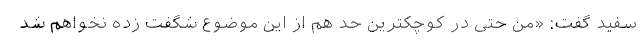
سفید گفت: «من حتی در کوچکترین حد هم از این موضوع شگفت زده نخواهم شد